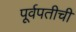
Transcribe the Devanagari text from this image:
पूर्वपतीची